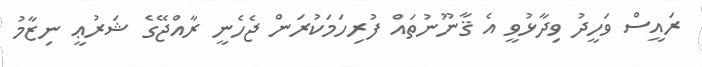
ރައީސް ވަހީދު ވިދާޅުވީ އެ ޤާނޫނުތައް ފުރިހަމަކުރަން ޖެހެނީ ރާއްޖޭގެ ޝަރުޢީ ނިޒާމު